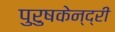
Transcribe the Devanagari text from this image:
पुरुषकेन्द्री